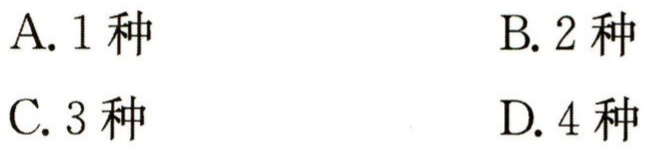
A. 1种

B. 2种

C. 3种

D. 4种